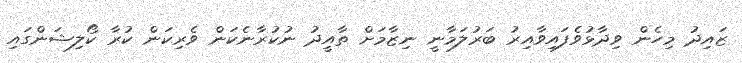
ޒައިދު މިހެން ވިދާޅުވެފައިވާއިރު ބަރުލަމާނީ ނިޒާމަށް ތާއީދު ނުކުރާނެކަން ވެރިކަން ކުރާ ކޯލިޝަންގައި